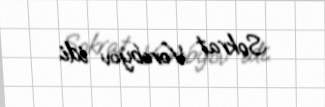
Sokrat Vorobyov idi.